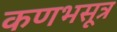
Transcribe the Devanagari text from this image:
कणभसूत्र